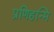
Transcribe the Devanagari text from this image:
प्रणिहन्मि